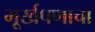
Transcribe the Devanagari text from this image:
मूर्खपणाचा